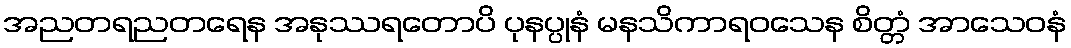
အညတရညတရေန အနုဿရတောပိ ပုနပ္ပုနံ မနသိကာရဝသေန စိတ္တံ အာသေဝနံ